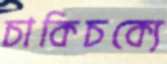
চাকিচক্যে